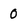
Character: 0